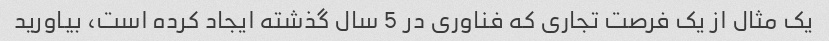
یک مثال از یک فرصت تجاری که فناوری در 5 سال گذشته ایجاد کرده است، بیاورید